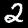
Digit: 2